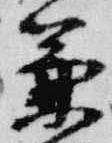
兼